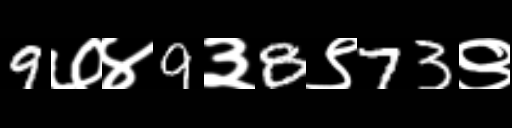
Text: 9७४9३8९73९